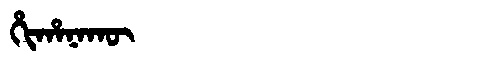
Manchu: ᡥᡳᡥᠠᠨᠠᡴᡡ
Romanization: HIHANAKŪ